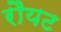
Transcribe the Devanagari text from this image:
रौयट